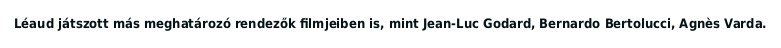
Léaud játszott más meghatározó rendezők filmjeiben is, mint Jean-Luc Godard, Bernardo Bertolucci, Agnès Varda.